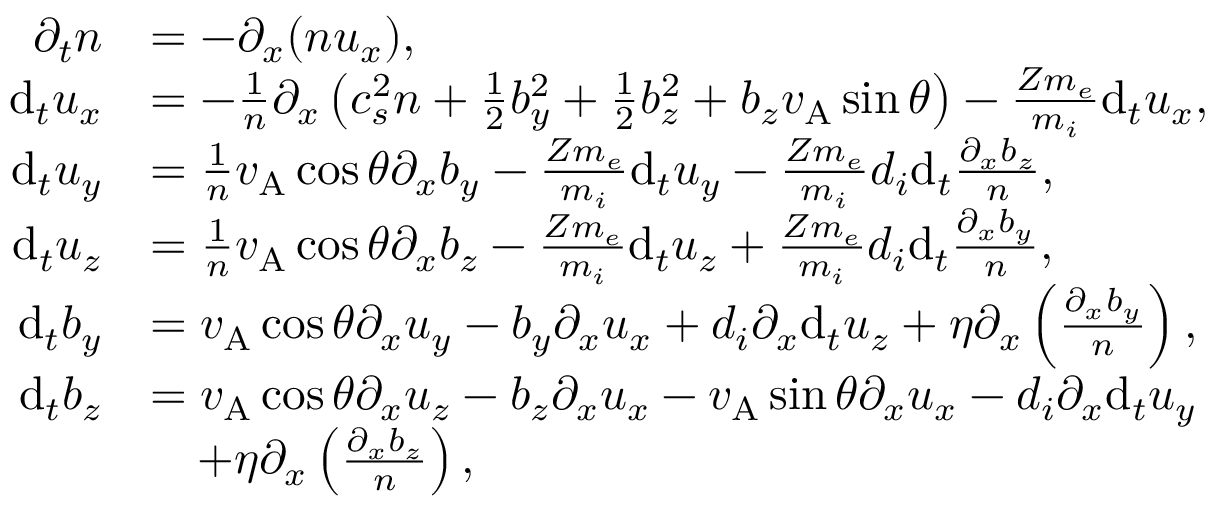
\begin{array} { r l } { \partial _ { t } n } & { = - \partial _ { x } ( n u _ { x } ) , } \\ { \mathrm { d } _ { t } u _ { x } } & { = - \frac { 1 } { n } \partial _ { x } \left( c _ { s } ^ { 2 } n + \frac { 1 } { 2 } b _ { y } ^ { 2 } + \frac { 1 } { 2 } b _ { z } ^ { 2 } + b _ { z } v _ { \mathrm { A } } \sin \theta \right) - \frac { Z m _ { e } } { m _ { i } } \mathrm { d } _ { t } u _ { x } , } \\ { \mathrm { d } _ { t } u _ { y } } & { = \frac { 1 } { n } v _ { \mathrm { A } } \cos \theta \partial _ { x } b _ { y } - \frac { Z m _ { e } } { m _ { i } } \mathrm { d } _ { t } u _ { y } - \frac { Z m _ { e } } { m _ { i } } d _ { i } \mathrm { d } _ { t } \frac { \partial _ { x } b _ { z } } { n } , } \\ { \mathrm { d } _ { t } u _ { z } } & { = \frac { 1 } { n } v _ { \mathrm { A } } \cos \theta \partial _ { x } b _ { z } - \frac { Z m _ { e } } { m _ { i } } \mathrm { d } _ { t } u _ { z } + \frac { Z m _ { e } } { m _ { i } } d _ { i } \mathrm { d } _ { t } \frac { \partial _ { x } b _ { y } } { n } , } \\ { \mathrm { d } _ { t } b _ { y } } & { = v _ { \mathrm { A } } \cos \theta \partial _ { x } u _ { y } - b _ { y } \partial _ { x } u _ { x } + d _ { i } \partial _ { x } \mathrm { d } _ { t } u _ { z } + \eta \partial _ { x } \left( \frac { \partial _ { x } b _ { y } } { n } \right) , } \\ { \mathrm { d } _ { t } b _ { z } } & { = v _ { \mathrm { A } } \cos \theta \partial _ { x } u _ { z } - b _ { z } \partial _ { x } u _ { x } - v _ { \mathrm { A } } \sin \theta \partial _ { x } u _ { x } - d _ { i } \partial _ { x } \mathrm { d } _ { t } u _ { y } } \\ & { \quad + \eta \partial _ { x } \left( \frac { \partial _ { x } b _ { z } } { n } \right) , } \end{array}